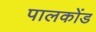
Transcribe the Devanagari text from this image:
पालकोंड